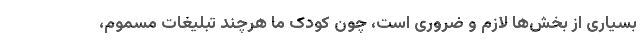
بسیاری از بخش‌ها لازم و ضروری است، چون کودک ما هرچند تبلیغات مسموم،